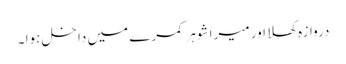
دروازہ کھلا اور میرا شوہر کمرے میں داخل ہوا ۔